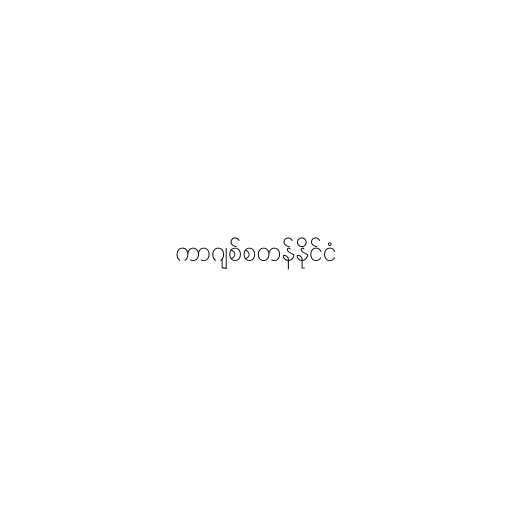
ကာဂျစ်စတန်နိုင်ငံ